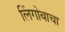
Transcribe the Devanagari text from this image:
लिंगोबाचा